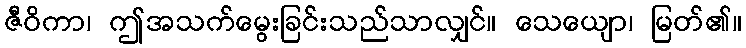
ဇီဝိကာ၊ ဤအသက်မွေးခြင်းသည်သာလျှင်။ သေယျော၊ မြတ်၏။